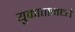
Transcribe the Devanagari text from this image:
युकातानध्ये